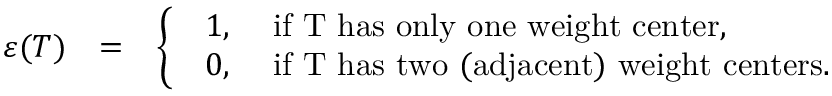
\begin{array} { r l r } { \varepsilon ( T ) } & { = } & { \left\{ \begin{array} { l } { \begin{array} { l l l } { 1 , } & { \mathrm { ~ i f ~ T ~ h a s ~ o n l y ~ o n e ~ w e i g h t ~ c e n t e r } , } \\ { 0 , } & { \mathrm { ~ i f ~ T ~ h a s ~ t w o ~ ( a d j a c e n t ) ~ w e i g h t ~ c e n t e r s } . } \end{array} } \end{array} \right. } \end{array}